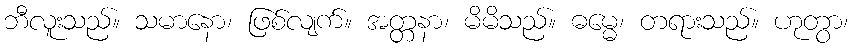
ဘီလူးသည်။ သမာနော၊ ဖြစ်လျက်။ အတ္တနာ၊ မိမိသည်။ ဓမ္မေ၊ တရားသည်။ ဟုတွာ၊